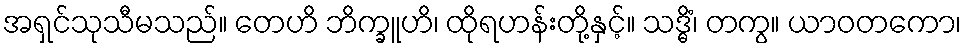
အရှင်သုသီမသည်။ တေဟိ ဘိက္ခူဟိ၊ ထိုရဟန်းတို့နှင့်။ သဒ္ဓိံ၊ တကွ။ ယာဝတကော၊